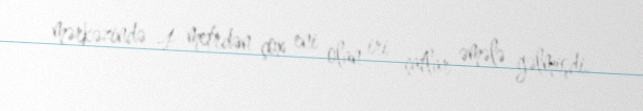
mərkəzində 4 metrdən çox eni olan iri çatlar əmələ gəlmişdi.